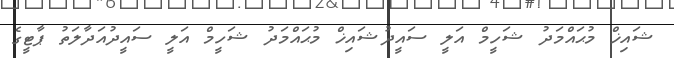
ޝައިޚް މުޙައްމަދު ޝަހީމް އަލީ ސައީދުޝައިޚް މުޙައްމަދު ޝަހީމް އަލީ ސައީދުއަދާލަތު ޕާޓީގެ